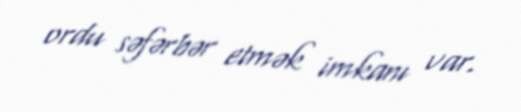
ordu səfərbər etmək imkanı var.